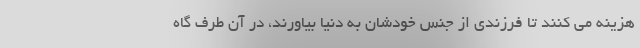
هزینه می کنند تا فرزندی از جنس خودشان به دنیا بیاورند، در آن طرف گاه